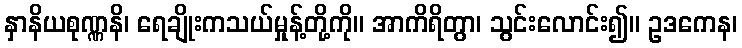
နှာနိယစုဏ္ဏနိ၊ ရေချိုးကသယ်မှုန့်တို့ကို။ အာကိရိတွာ၊ သွင်းလောင်း၍။ ဥဒကေန၊